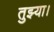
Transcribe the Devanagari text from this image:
तुझ्या।